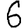
Digit: 6